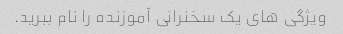
ویژگی های یک سخنرانی آموزنده را نام ببرید.